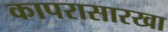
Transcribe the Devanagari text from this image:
कापरासारखा